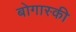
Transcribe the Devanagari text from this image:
बोगास्की